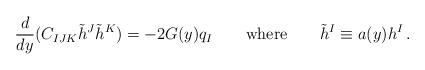
LaTeX: \begin{align*} {d\over d y} ( C_{IJK}\tilde h^J \tilde h^K) = - 2 G(y)q_I \qquad \mbox{where}\qquad \tilde h^I \equiv a(y) h^I \,.\end{align*}